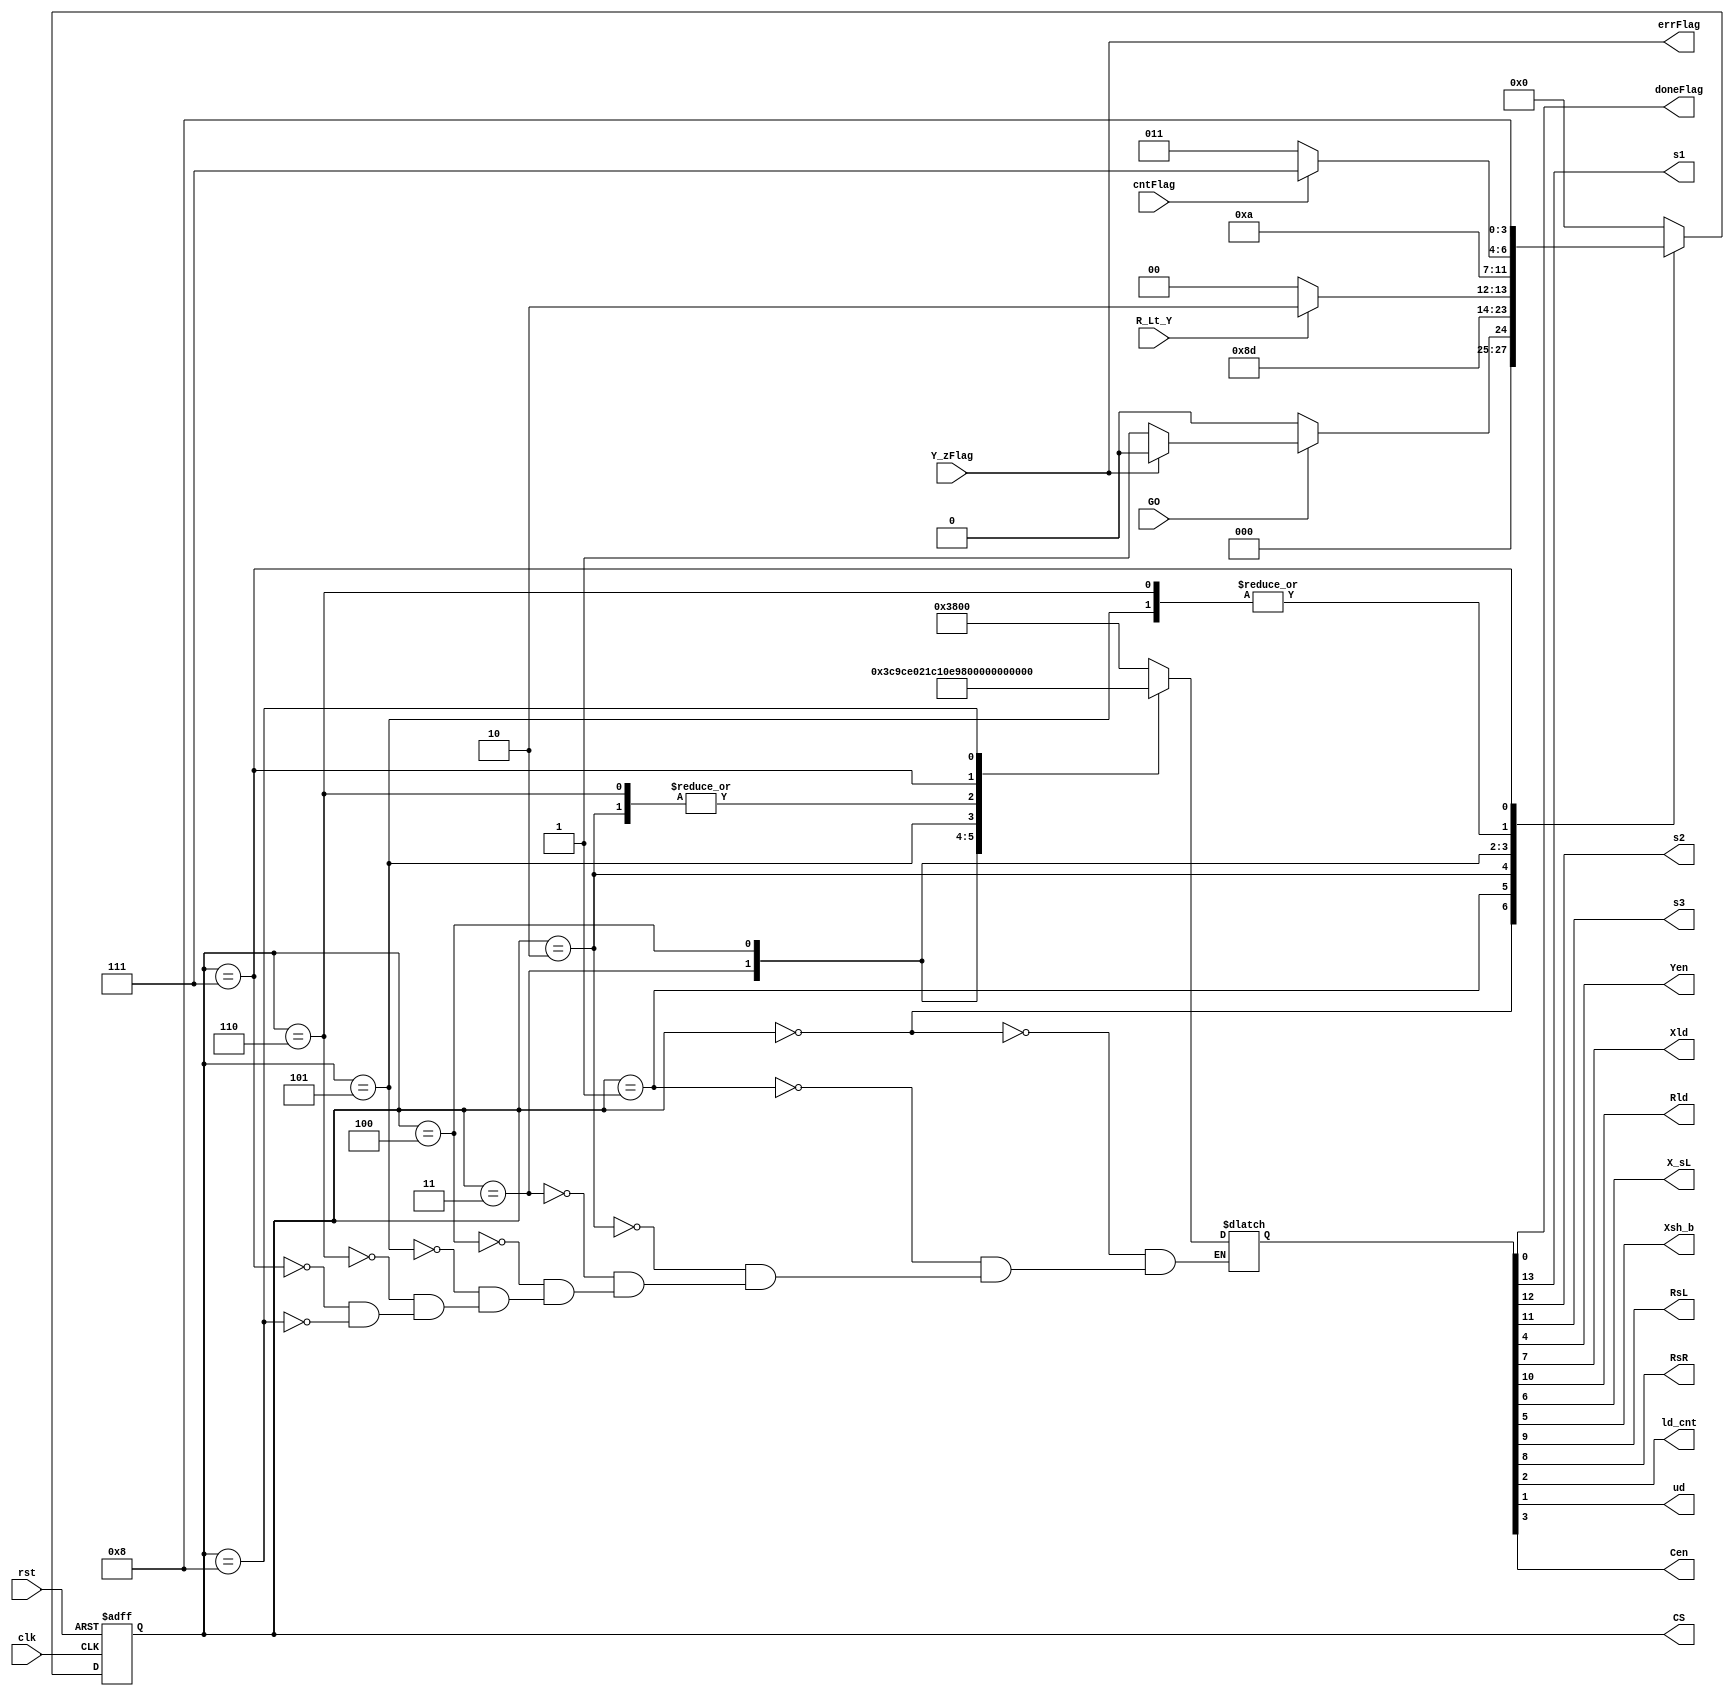
`timescale 1ns / 1ps
module cu(
	input GO, clk, rst, 
	input Y_zFlag, R_Lt_Y, cntFlag,
	output reg doneFlag, errFlag,
	output reg s1, s2, s3,
	output reg Yen, Xld, Rld, 
	output reg X_sL, Xsh_b, RsL, RsR,
	output reg ld_cnt, ud, Cen,
    output reg [3:0] CS
    );

parameter // State Machine
	IDLE = 4'b0000, // State 0
	LD   = 4'b0001, // State 1
	RXSL = 4'b0010, // State 2
	DEC  = 4'b0011, // State 3
 	SUB  = 4'b0100, // State 4
	GTE  = 4'b0101, // State 5
	LT   = 4'b0110, // State 6
	RSR0 = 4'b0111, // State 7
	DONE = 4'b1000; // State 8
    //ERR  = 4'b1001; // State 9

// 1   2   3   4    5    6    7    8     9      
// s1, s2, s3, Rld, RsL, RsR, Xld, X_sL, Xsh_b, 
// A    B    C       D   E         F
// Yen, Cen, ld_cnt, ud, doneFlag, Y_zFlag   
parameter
            //    123_456_789_A_BCD_E
    IDLE_0  = 14'b111_000_000_0_000_0,
    LD_1    = 14'b111_100_100_1_110_0, // Load R, X, Y, Cnt<-4
    RXSL_2  = 14'b111_010_010_0_000_0, // R<-sL, X<-sL0
    DEC_3   = 14'b111_000_000_0_100_0, // Cnt--
    SUB_4   = 14'b011_100_000_1_000_0, // R<-R-Y 
    GTE_5   = 14'b111_010_011_0_000_0, // R<-sL, X<-sL1
    LT_6    = 14'b111_010_010_0_000_0, // R<-sL, X<-sL0
    RSR0_7  = 14'b111_001_000_0_000_0, // R<-sR
    DONE_8  = 14'b100_000_000_0_000_1; // Done, X, R
    //ERR_9   = 14'b111_000_000_0_000_0; // errFlag = 1
            //    123_456_789_A_BCD_E

reg [3:0] NS;
reg [13:0] CTRL;

always @ (CTRL) begin
{s1, s2, s3, Rld, RsL, RsR, Xld, X_sL, Xsh_b, Yen,Cen, ld_cnt, ud, doneFlag} = CTRL;
end

/*
    Next-State Logic (Combinational)
*/
always @(CS, GO, R_Lt_Y, Y_zFlag, cntFlag) begin
    errFlag = Y_zFlag;
    case (CS)
        IDLE: begin
            if (GO) begin
                if (!Y_zFlag) NS = LD; 
                else NS = IDLE; end
            else NS = IDLE;
          end
        LD: NS = RXSL;
        RXSL: NS = DEC;
        DEC: begin
            if (R_Lt_Y) NS = LT;
            else        NS = SUB;
          end
        SUB: NS = GTE;
        GTE: begin
            if (cntFlag) NS = RSR0;
            else         NS = DEC;
          end
        LT: begin
            if (cntFlag) NS = RSR0;
            else         NS = DEC;
          end
        RSR0: NS = DONE;
        DONE: NS = IDLE;
        //ERR: NS = IDLE;
        default: NS = IDLE;
    endcase
end


/*
    State Register (sequential)
*/
always @(posedge clk, posedge rst) begin
    if (rst) CS <= IDLE;
    else     CS <= NS;
end

/*
    Output Logic (combinational from table)
*/
always @(CS) begin
    case (CS)
        IDLE: CTRL = IDLE_0;
        LD:   CTRL = LD_1;
        RXSL: CTRL = RXSL_2;
        DEC:  CTRL = DEC_3;
        SUB:  CTRL = SUB_4;
        GTE:  CTRL = GTE_5;
        LT:   CTRL = LT_6;
        RSR0: CTRL = RSR0_7;
        DONE: CTRL = DONE_8;
        //ERR:  CTRL = ERR_9;
    endcase
end

endmodule